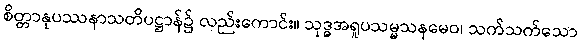
စိတ္တာနုပဿနာသတိပဋ္ဌာန်၌ လည်းကောင်း။ သုဒ္ဓအရူပသမ္မသနမေဝ၊ သက်သက်သော